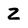
Character: Z